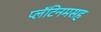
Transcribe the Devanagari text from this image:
प्लॅटिनमसह